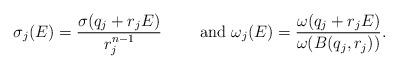
LaTeX: \begin{align*} \sigma_j(E) = \frac{\sigma(q_j + r_j E)}{r_j^{n-1}} \qquad\hbox{ and }\omega_j (E) = \frac{\omega(q_j + r_j E)}{\omega(B(q_j,r_j))}.\end{align*}